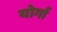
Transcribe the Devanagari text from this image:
योर्गा